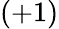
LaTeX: (+1)